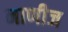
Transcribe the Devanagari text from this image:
नाणीज